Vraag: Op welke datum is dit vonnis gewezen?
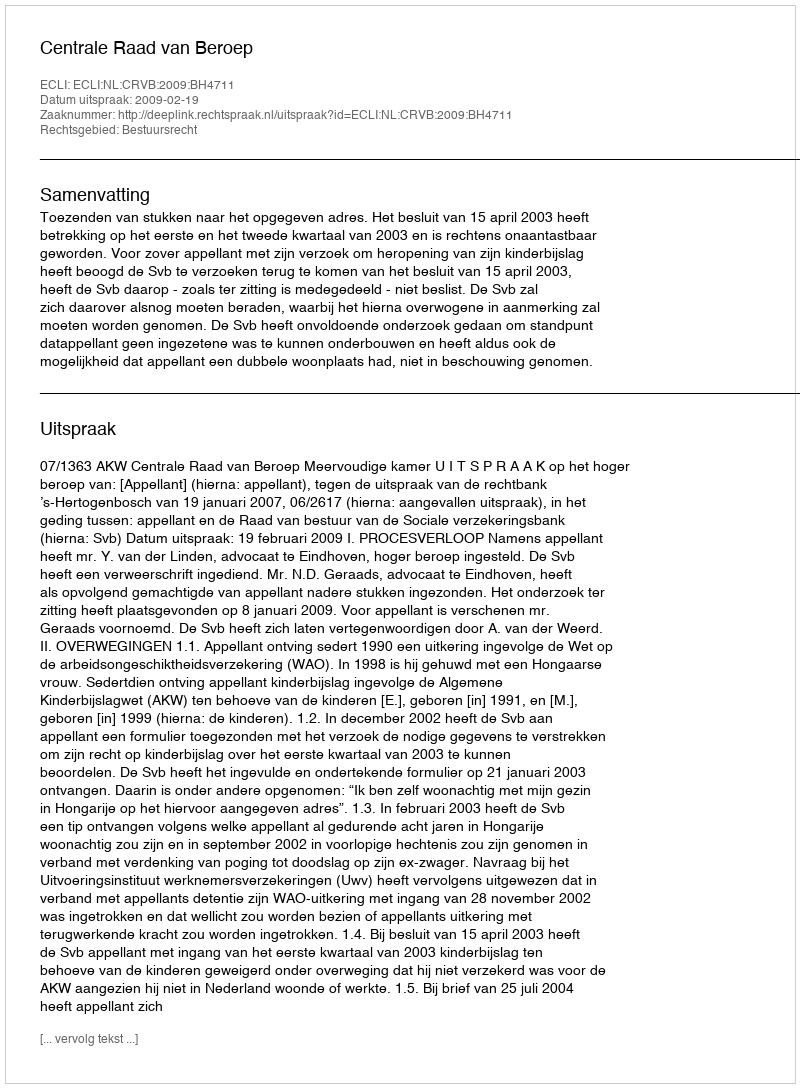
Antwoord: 2009-02-19